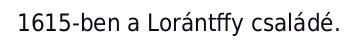
1615-ben a Lorántffy családé.